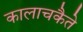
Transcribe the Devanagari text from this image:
कालाचकैते